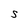
Character: S